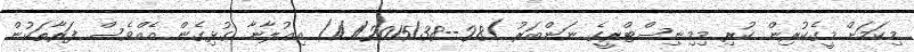
މިކަމަށް މީގެކުރިން ކުރި މިމިނިސްޓްރީގެ ނަންބަރު )28--1/1/2015/38) އިޢުލާނާ ގުޅިގެން އެއްވެސް ފަރާތަކުން